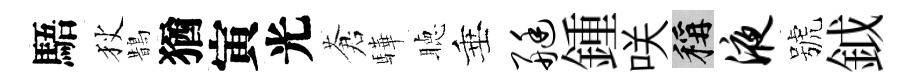
䮏狄鵲猶寅光蒼驊聴垂艇鍾咲稱液號鉞